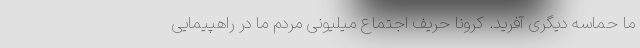
ما حماسه دیگری آفرید. کرونا حریف اجتماع میلیونی مردم ما در راهپیمایی